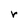
Character: r